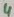
Text: 4